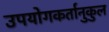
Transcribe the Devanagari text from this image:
उपयोगकर्तानुकुल